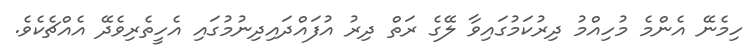
ހިމެނޭ އެންމެ މުހިއްމު ދިރުކަމުގައިވާ ލޭގެ ރަތް ދިރު އުފައްދައިދިނުމުގައި އެހީތެރިވެދޭ އެއްޗެކެވެ.